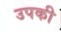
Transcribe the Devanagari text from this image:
उपकी